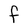
Character: F